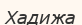
Хадижа